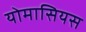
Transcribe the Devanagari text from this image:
योमासियस